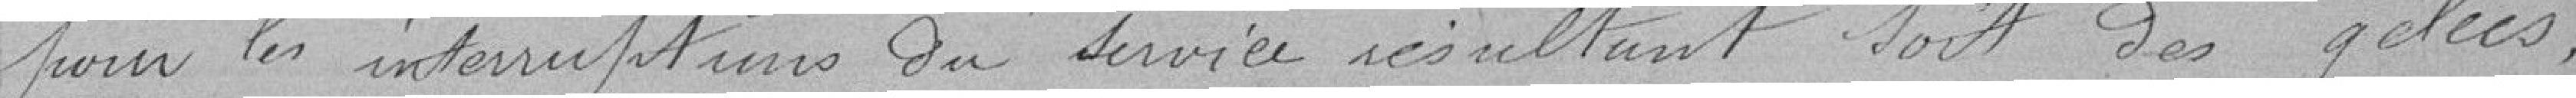
pour les interruptions du service résultant soit des gelées,